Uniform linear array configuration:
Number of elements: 4
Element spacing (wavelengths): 0.75
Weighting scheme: exponential
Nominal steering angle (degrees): -30
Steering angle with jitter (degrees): -28.121
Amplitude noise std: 0.05
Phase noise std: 0.05

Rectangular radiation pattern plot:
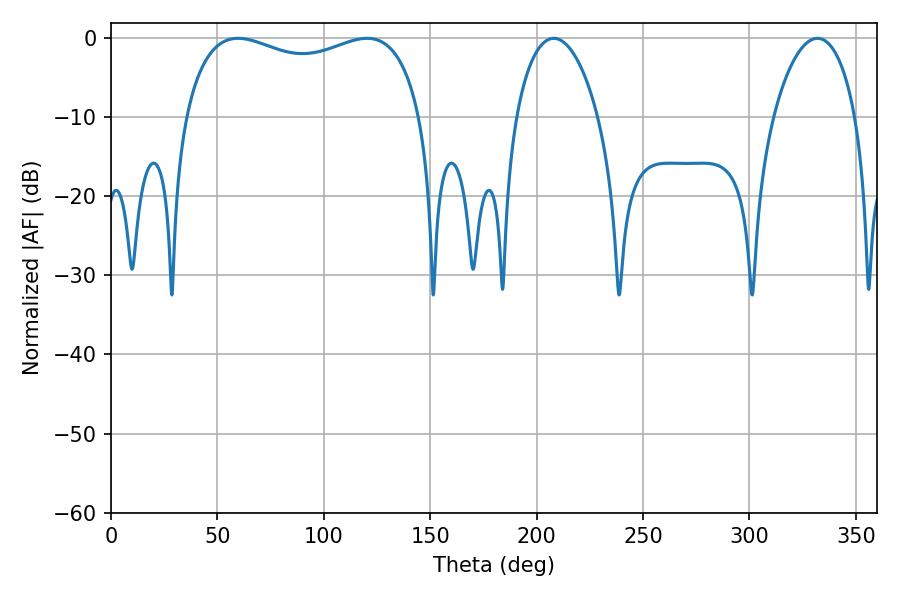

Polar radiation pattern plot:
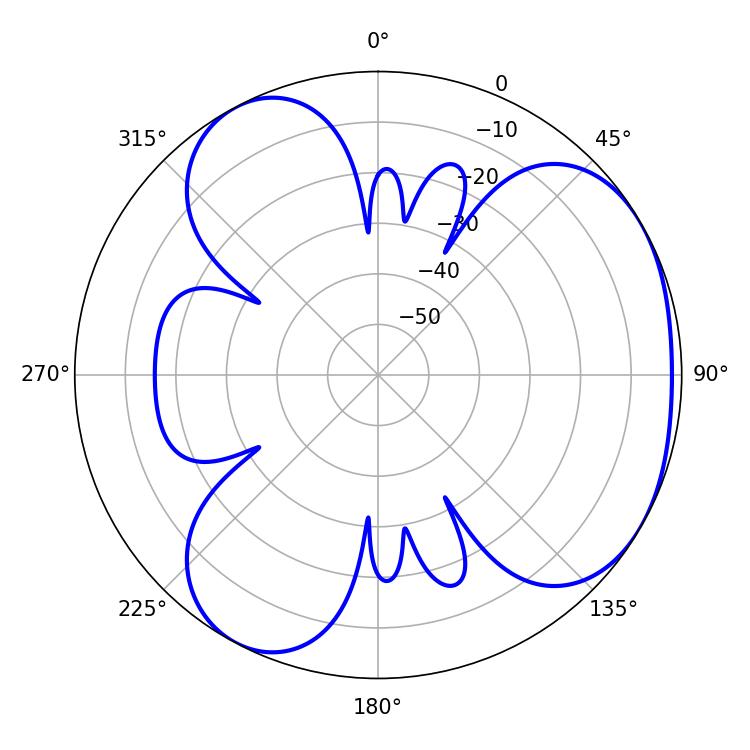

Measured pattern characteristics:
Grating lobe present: TRUE
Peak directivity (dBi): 3.866
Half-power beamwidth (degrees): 21.96
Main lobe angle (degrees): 208.08